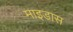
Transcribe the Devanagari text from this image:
माइडास